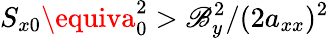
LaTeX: S_{x0}\equiva_{0}^{2}>\mathscr{B}_{y}^{2}/(2a_{xx})^{2}